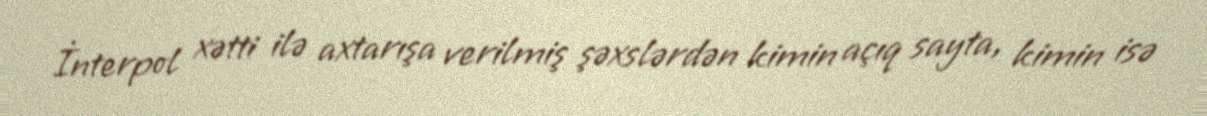
İnterpol xətti ilə axtarışa verilmiş şəxslərdən kimin açıq sayta, kimin isə